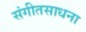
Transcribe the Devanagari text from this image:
संगीतसाधना